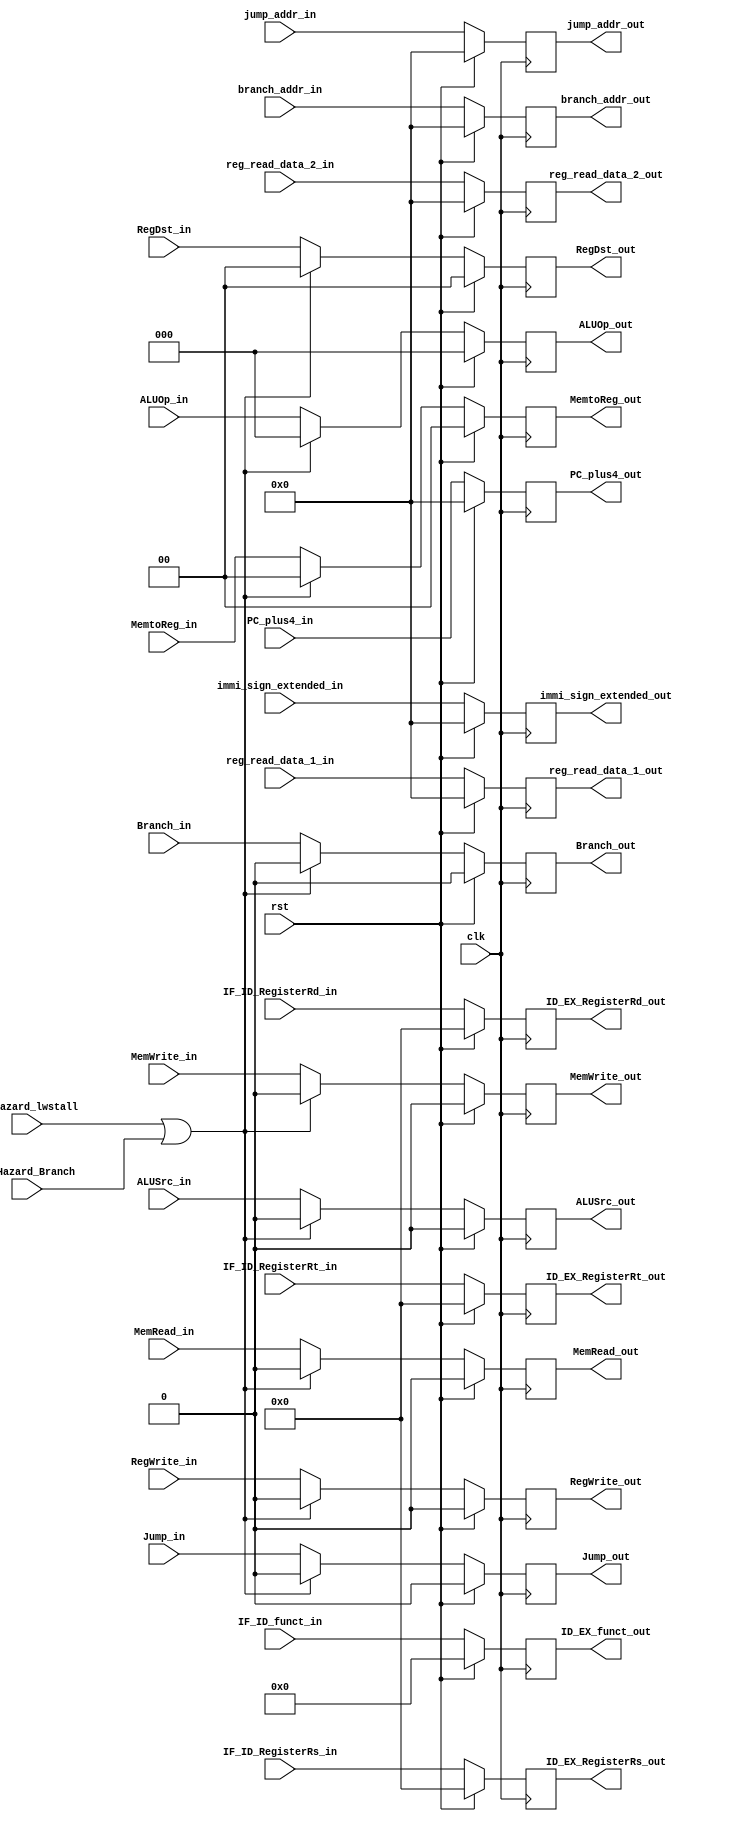
module ID_EX (
	input ID_Hazard_lwstall, ID_Hazard_Branch,
	input Branch_in, MemRead_in, MemWrite_in, Jump_in,
	input RegWrite_in, 
	input ALUSrc_in,
	input [1:0] RegDst_in, MemtoReg_in,
	input [2:0] ALUOp_in,
	input [31:0] jump_addr_in, PC_plus4_in, branch_addr_in,
	input [31:0] reg_read_data_1_in, reg_read_data_2_in, immi_sign_extended_in,
	input [4:0] IF_ID_RegisterRs_in, IF_ID_RegisterRt_in, IF_ID_RegisterRd_in,
	input [5:0] IF_ID_funct_in,
	input clk, rst,
	
	output RegWrite_out, 
	output Branch_out, MemRead_out, MemWrite_out, Jump_out,
	output ALUSrc_out,
	output [1:0] RegDst_out, MemtoReg_out,
	output [2:0] ALUOp_out,
	output [31:0] jump_addr_out, PC_plus4_out, branch_addr_out,
	output [31:0] reg_read_data_1_out, reg_read_data_2_out, immi_sign_extended_out,
	output [4:0] ID_EX_RegisterRs_out, ID_EX_RegisterRt_out, ID_EX_RegisterRd_out,
	output [5:0] ID_EX_funct_out
);

	reg RegWrite_out;
	reg Branch_out, MemRead_out, MemWrite_out, Jump_out;
	reg ALUSrc_out;
	reg [2:0] ALUOp_out;
	reg [1:0] RegDst_out, MemtoReg_out;
	reg [31:0] jump_addr_out, PC_plus4_out, branch_addr_out;
	reg [31:0] reg_read_data_1_out, reg_read_data_2_out, immi_sign_extended_out;
	reg [4:0] ID_EX_RegisterRs_out, ID_EX_RegisterRt_out, ID_EX_RegisterRd_out;
	reg [5:0] ID_EX_funct_out;

	
	always @(negedge clk) begin
		
		if (rst == 1'b1) begin
			RegWrite_out <= 1'b0;
			MemtoReg_out <= 2'b00;
			Branch_out <= 1'b0;
			MemRead_out <= 1'b0;
			MemWrite_out <= 1'b0;
			Jump_out <= 1'b0;
			RegDst_out <= 2'b00;
			ALUSrc_out <= 1'b0;
			ALUOp_out <= 2'b0;
			jump_addr_out <= 32'b0;
			branch_addr_out <= 32'b0;
			PC_plus4_out <= 32'b0;
			reg_read_data_1_out <= 32'b0;
			reg_read_data_2_out <= 32'b0;
			immi_sign_extended_out <= 32'b0;
			ID_EX_RegisterRs_out <= 5'b0;
			ID_EX_RegisterRt_out <= 5'b0;
			ID_EX_RegisterRd_out <= 5'b0;
			ID_EX_funct_out <= 6'b0;			
		end

		else begin

			RegWrite_out <= RegWrite_in;
			MemtoReg_out <= MemtoReg_in;
			Branch_out <= Branch_in;
			MemRead_out <= MemRead_in;
			MemWrite_out <= MemWrite_in;
			Jump_out <= Jump_in;
			RegDst_out <= RegDst_in;
			ALUSrc_out <= ALUSrc_in;
			ALUOp_out <= ALUOp_in;
			jump_addr_out <= jump_addr_in;
			branch_addr_out <= branch_addr_in;
			PC_plus4_out <= PC_plus4_in;
			reg_read_data_1_out <= reg_read_data_1_in;
			reg_read_data_2_out <= reg_read_data_2_in;
			immi_sign_extended_out <= immi_sign_extended_in;
			ID_EX_RegisterRs_out <= IF_ID_RegisterRs_in;
			ID_EX_RegisterRt_out <= IF_ID_RegisterRt_in;
			ID_EX_RegisterRd_out <= IF_ID_RegisterRd_in;
			ID_EX_funct_out <= IF_ID_funct_in;

			if (ID_Hazard_lwstall == 1'b1 || ID_Hazard_Branch == 1'b1) begin

				RegWrite_out <= 1'b0;
				MemtoReg_out <= 2'b00;
				Branch_out <= 1'b0;
				MemRead_out <= 1'b0;
				MemWrite_out <= 1'b0;
				Jump_out <= 1'b0;
				RegDst_out <= 2'b00;
				ALUSrc_out <= 1'b0;
				ALUOp_out <= 2'b0;

			end

		end	
		
	end	
	
endmodule